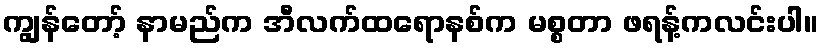
ကျွန်တော့် နာမည်က အီလက်ထရောနစ်က မစ္စတာ ဖရန့်ကလင်းပါ။